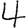
Digit: 4